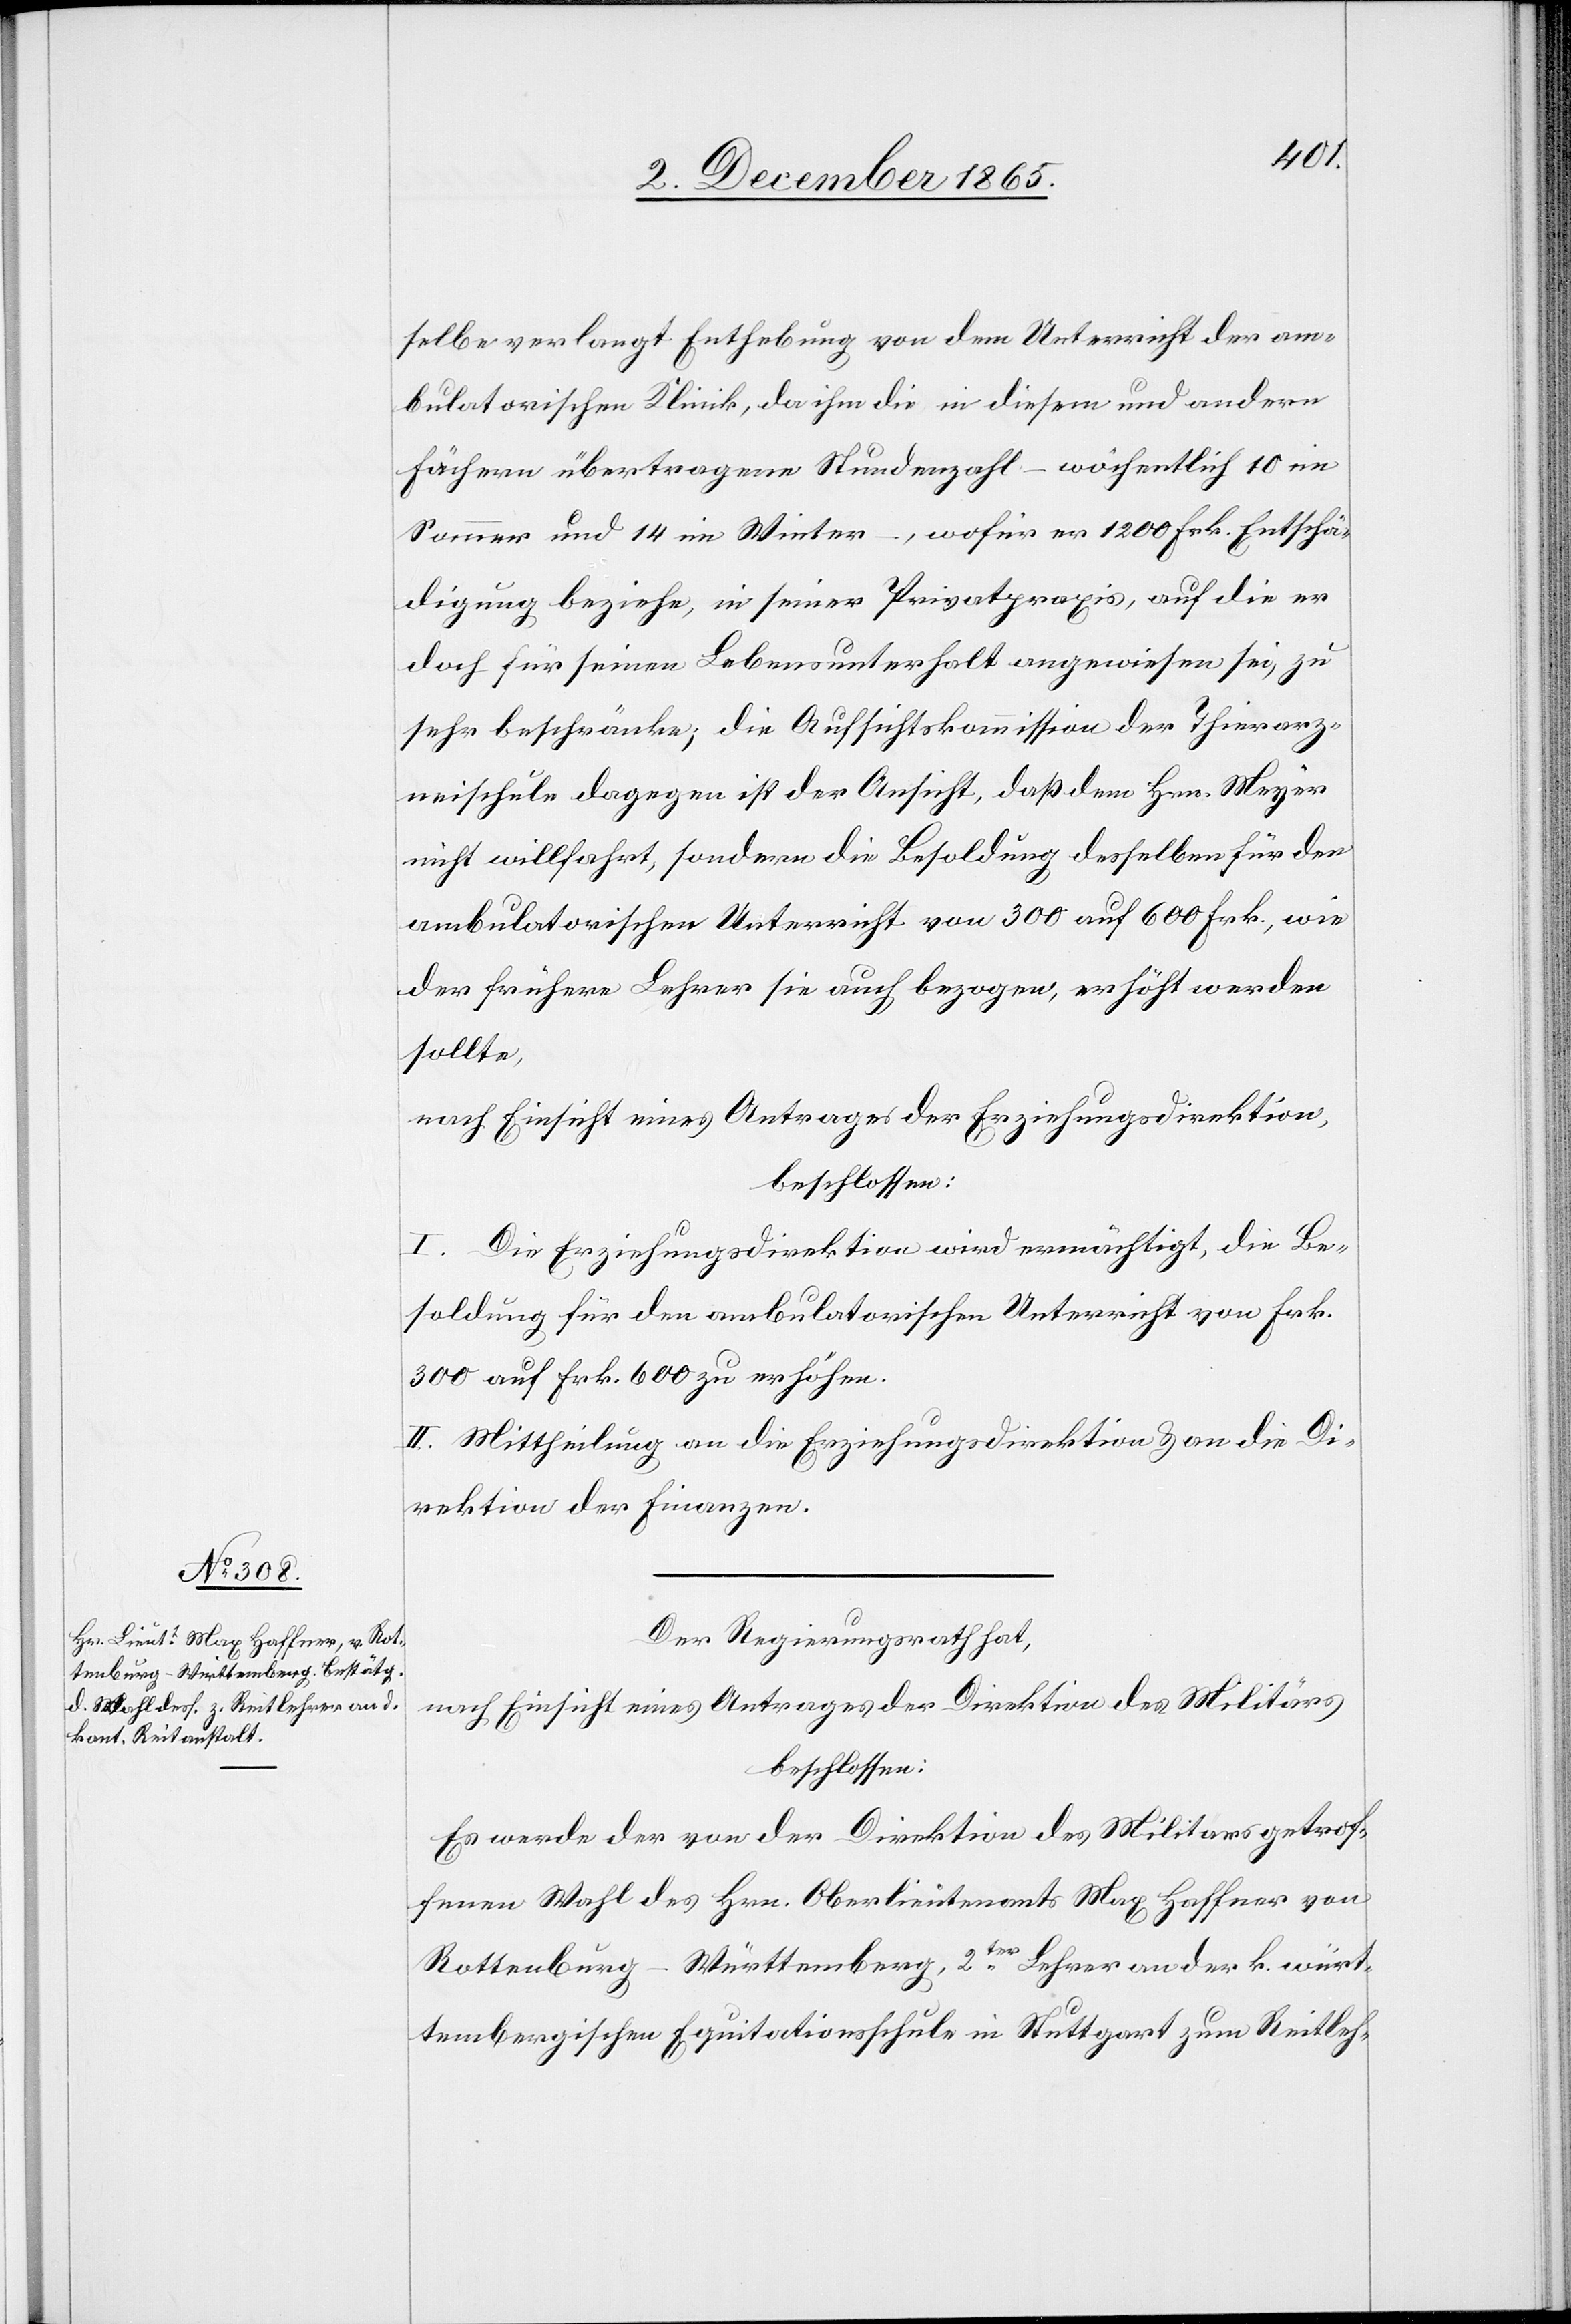
selbe verlangt Enthebung von dem Unterricht der am¬
bulatorischen Klinik, da ihm [sic!] die in diesem und andern
Fächern übertragene Stundenzahl – wöchentlich 10 im
Sommer und 14 im Winter –, wofür er 1200 Frk. Entschä¬
digung beziehe, in seiner Privatpraxis, auf die er
doch für seinen Lebensunterhalt angewiesen sei, zu
sehr beschränke; die Aufsichtskommission der Thierarz¬
neischule dagegen ist der Ansicht, daß dem Hrn. Meyer
nicht willfahrt, sondern die Besoldung desselben für den
ambulatorischen Unterricht von 300 auf 600 Frk., wie
der frühere Lehrer sie auch bezogen, erhöht werden
sollte,
nach Einsicht eines Antrages der Erziehungsdirektion,
beschlossen:
I. Die Erziehungsdirektion wird ermächtigt, die Be¬
soldung für den ambulatorischen Unterricht von Frk.
300 auf Frk. 600 zu erhöhen.
II. Mittheilung an die Erziehungsdirektion & an die Di¬
rektion der Finanzen.
Der Regierungsrath hat,
nach Einsicht eines Antrages der Direktion des Militärs
beschlossen:
Es werde der von der Direktion des Militärs getrof¬
fenen Wahl des Hrn. Oberlieutnants Max Haffner von
Rottenburg - Württemberg, 2ter Lehrer an der k. würt¬
tembergischen Equitationsschule in Stuttgart zum Reitleh-